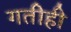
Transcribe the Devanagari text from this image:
गतीही